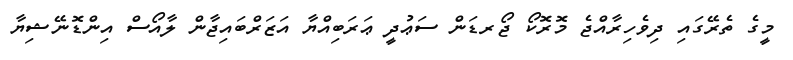
މީގެ ތެރޭގައި ދިވެހިރާއްޖެ މޮރޮކޯ ޖޯރޑަން ސަޢުދީ ޢަރަބިއްޔާ އަޒަރްބައިޖާން ލާއޯސް އިންޑޮނޭޝިޔާ